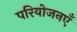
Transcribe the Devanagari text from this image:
परियोजनएँ